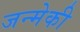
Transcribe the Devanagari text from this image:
जन्मेकी